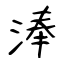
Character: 淎